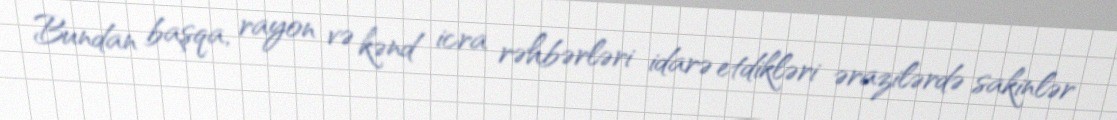
Bundan başqa, rayon və kənd icra rəhbərləri idarə etdikləri ərazilərdə sakinlər